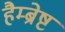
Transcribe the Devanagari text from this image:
हैम्ब्रेष्ट